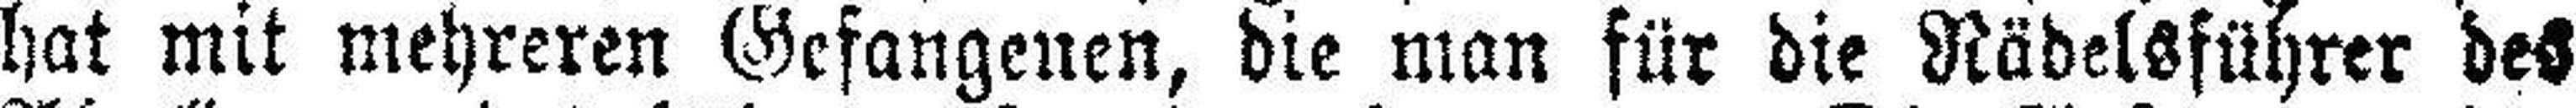
hat mit mehreren Gefangenen, die man für die Rädelsführer des